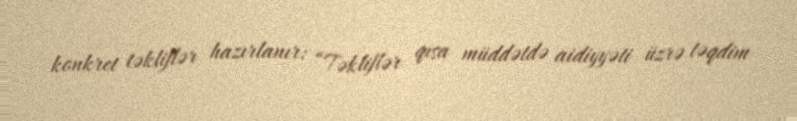
konkret təkliflər hazırlanır: “Təkliflər qısa müddətdə aidiyyəti üzrə təqdim